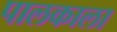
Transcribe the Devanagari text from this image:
पालकाला